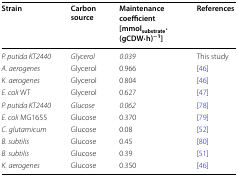
| Strain | Carbon source | Maintenance coefficient [mmolsubstrate·(gCDW·h)−1] | References |
 | --- | --- | --- | --- |
 | P. putida KT2440 | Glycerol | 0.039 | This study |
 | A. aerogenes | Glycerol | 0.966 | [46] |
 | K. aerogenes | Glycerol | 0.804 | [46] |
 | E. coli WT | Glycerol | 0.627 | [47] |
 | P. putida KT2440 | Glucose | 0.062 | [78] |
 | E. coli MG1655 | Glucose | 0.370 | [79] |
 | C. glutamicum | Glucose | 0.08 | [52] |
 | B. subtilis | Glucose | 0.45 | [80] |
 | B. subtilis | Glucose | 0.39 | [51] |
 | K. aerogenes | Glucose | 0.350 | [46] |